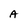
Character: A